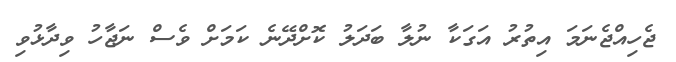
ޖެހިއްޖެނަމަ އިތުރު އަގަކާ ނުލާ ބަދަލު ކޮށްދޭނެ ކަމަށް ވެސް ނަޖާހު ވިދާޅުވި